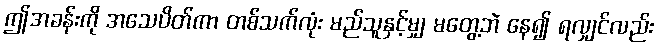
ဤအခန်းကို အသေပိတ်ကာ တစ်သက်လုံး မည်သူနှင့်မျှ မတွေ့ဘဲ နေ၍ ရလျှင်လည်း